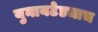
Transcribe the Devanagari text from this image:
युनायटेडचाच